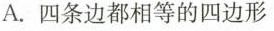
A.四条边都相等的四边形